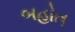
બહોત